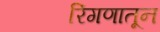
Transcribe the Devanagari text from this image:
रिंगणातून